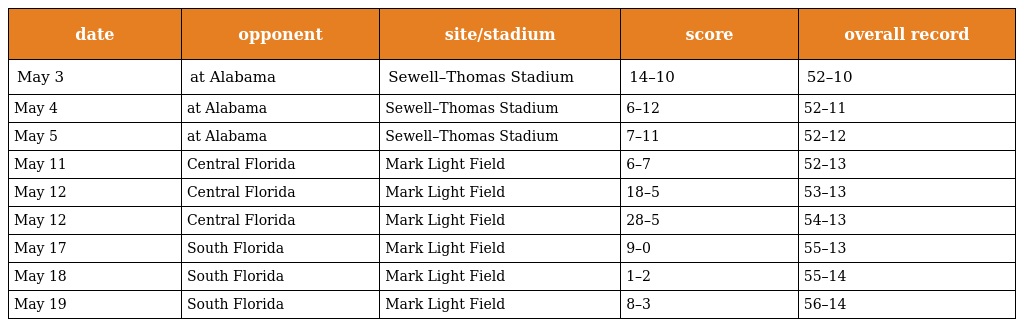
| date | opponent | site/stadium | score | overall record |
 | --- | --- | --- | --- | --- |
 | May 3 | at Alabama | Sewell–Thomas Stadium | 14–10 | 52–10 |
 | May 4 | at Alabama | Sewell–Thomas Stadium | 6–12 | 52–11 |
 | May 5 | at Alabama | Sewell–Thomas Stadium | 7–11 | 52–12 |
 | May 11 | Central Florida | Mark Light Field | 6–7 | 52–13 |
 | May 12 | Central Florida | Mark Light Field | 18–5 | 53–13 |
 | May 12 | Central Florida | Mark Light Field | 28–5 | 54–13 |
 | May 17 | South Florida | Mark Light Field | 9–0 | 55–13 |
 | May 18 | South Florida | Mark Light Field | 1–2 | 55–14 |
 | May 19 | South Florida | Mark Light Field | 8–3 | 56–14 |